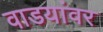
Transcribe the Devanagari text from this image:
वाडयांवर